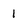
Character: 1